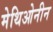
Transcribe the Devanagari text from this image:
मेथिओनीन